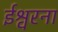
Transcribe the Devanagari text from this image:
ईश्वरना